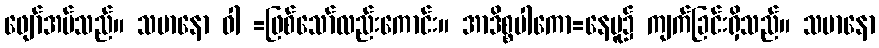
ဖျော်အပ်သည်။ သမာနော ဝါ =ဖြစ်သော်လည်းကောင်း။ အာဒိစ္စပါကော=နေပူ၌ ကျက်ခြင်းရှိသည်။ သမာနော